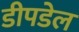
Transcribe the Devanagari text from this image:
डीपडेल